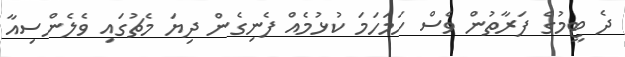
ދެ ޓީމުގެ ފަރާތުން ވެސް ހަމަހަމަ ކުޅުމެއް ފެނިގެން ދިޔަ މެޗުގައި ވެލެންސިއާ